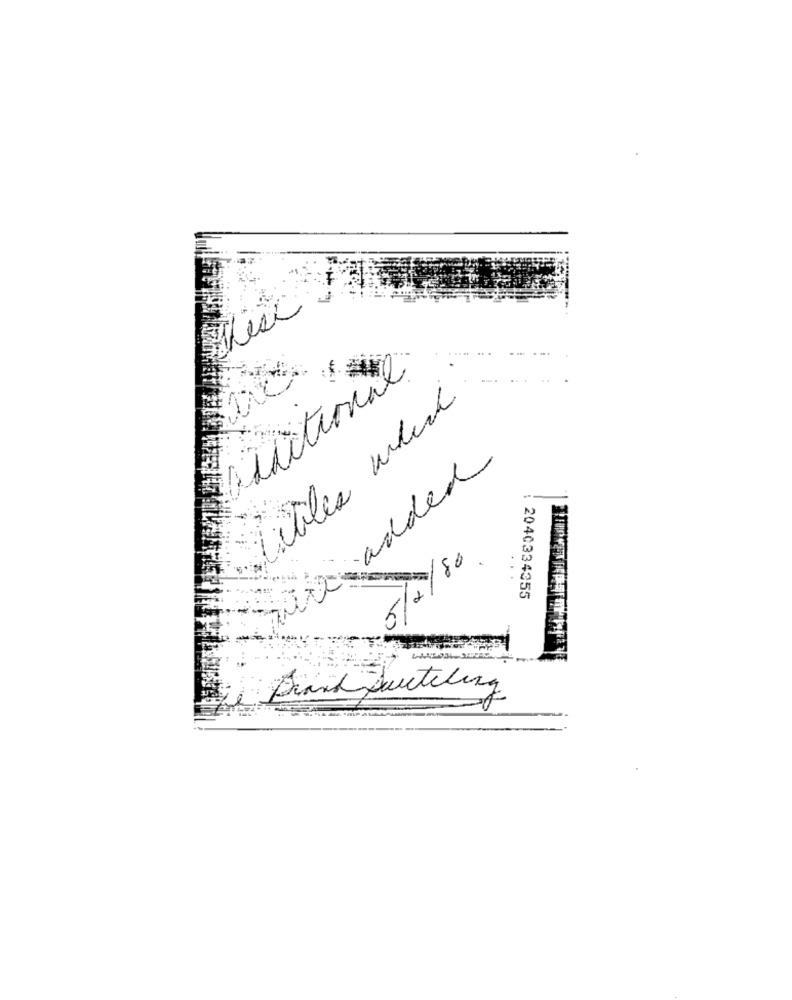
additional
titles which
Dwie added
5/2/86 .
...
2040334355
Brand Juctiling